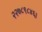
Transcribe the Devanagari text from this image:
२२७८९८४६।